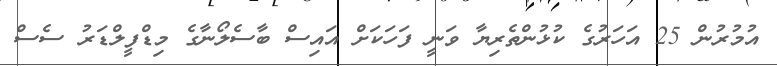
އުމުރުން 25 އަހަރުގެ ކުޅުންތެރިޔާ ވަނީ ފަހަކަށް އައިސް ބާސެލޯނާގެ މިޑްފީލްޑަރު ސެސް